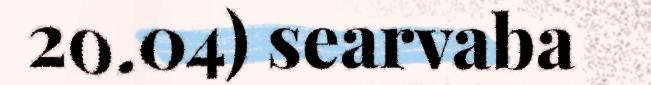
20.04) searvaba